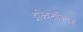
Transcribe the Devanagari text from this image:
इक्विनॉक्सिज़